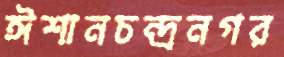
ঈশানচন্দ্রনগর